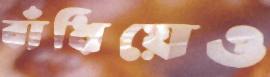
বাঁধিয়েও